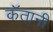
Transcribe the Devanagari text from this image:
कॅतानी